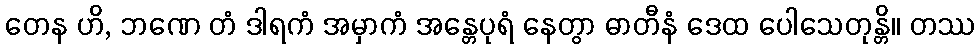
တေန ဟိ, ဘဏေ တံ ဒါရကံ အမှာကံ အန္တေပုရံ နေတွာ ဓာတီနံ ဒေထ ပေါသေတုန္တိ။ တဿ